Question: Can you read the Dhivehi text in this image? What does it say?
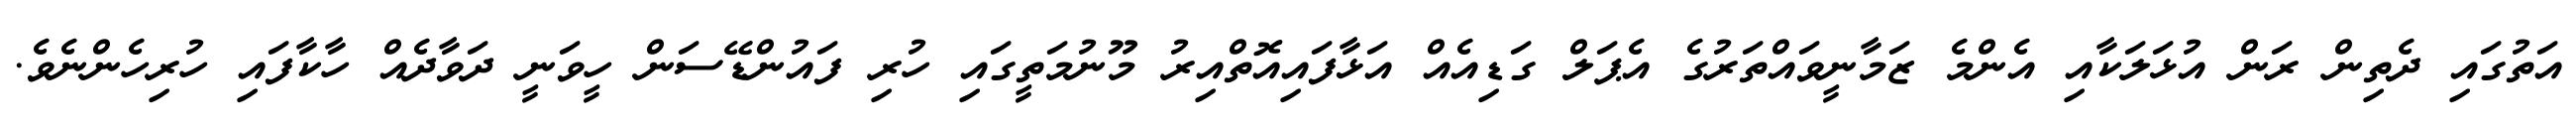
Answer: އަތުގައި ދެތިން ރަން އުޅަލަކާއި އެންމެ ޒަމާނީވައްތަރުގެ އެޕަލް ގަޑިއެއް އަޅާފައިއޮތްއިރު މޫނުމަތީގައި ހުރި ފައުންޑޭސަން ހީވަނީ ދަވާދެއް ހާކާފައި ހުރިހެންނެވެ.